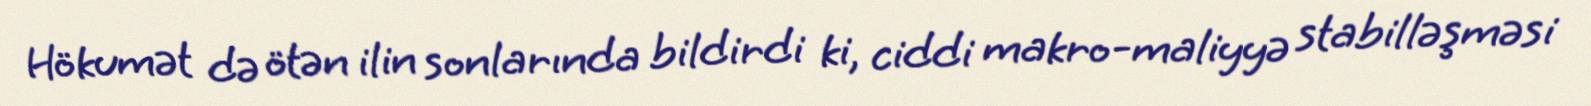
Hökumət də ötən ilin sonlarında bildirdi ki, ciddi makro-maliyyə stabilləşməsi